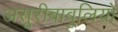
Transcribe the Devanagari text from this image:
असूरीबाबुलियों